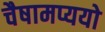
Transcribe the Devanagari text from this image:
चैषामप्ययो